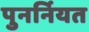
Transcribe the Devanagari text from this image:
पुनर्नियत